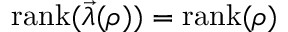
\mathrm { r a n k } ( \vec { \lambda } ( \rho _ { } ) ) = \mathrm { r a n k } ( \rho )